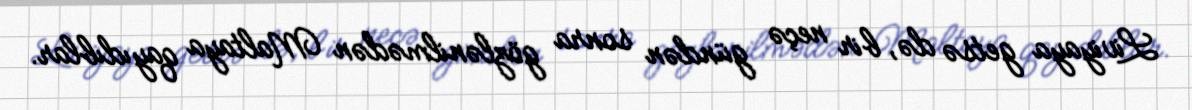
Liviyaya getsə də, bir neçə gündən sonra gözlənilmədən Maltaya qayıdıblar.